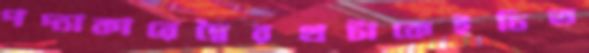
পদ্যাকারেদ্বৈরথটাকেইচিত